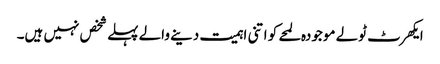
ایکھرٹ ٹولے موجودہ لمحے کو اتنی اہمیت دینے والے پہلے شخص نہیں ہیں۔